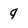
Character: q